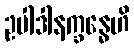
ဥပါဒါနက္ခန္ဓေဟိ